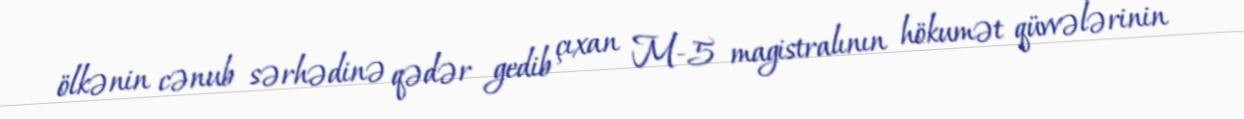
ölkənin cənub sərhədinə qədər gedib çıxan M-5 magistralının hökumət qüvvələrinin